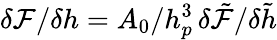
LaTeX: \delta\mathcal{F}/\delta h=A_{0}/h_{p}^{3}\, \delta\tilde{\mathcal{F}}/\delta\tilde{h}